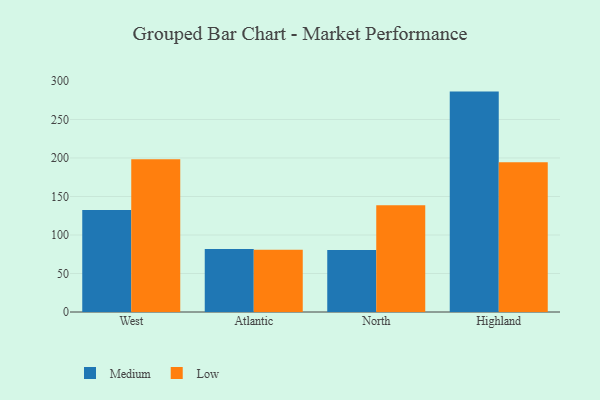
{"axis": {"x": "Region", "y": "Page Views"}, "legend": ["Low", "Medium"], "data": [{"x": "West", "y": 132.5, "type": "Medium"}, {"x": "West", "y": 198.5, "type": "Low"}, {"x": "Atlantic", "y": 81.7, "type": "Medium"}, {"x": "Atlantic", "y": 80.8, "type": "Low"}, {"x": "North", "y": 80.6, "type": "Medium"}, {"x": "North", "y": 138.7, "type": "Low"}, {"x": "Highland", "y": 286.2, "type": "Medium"}, {"x": "Highland", "y": 194.6, "type": "Low"}]}